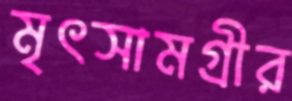
মৃৎসামগ্রীর